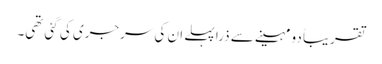
تقریباً دو مہینے سے ذرا پہلے ان کی سرجری کی گئی تھی۔